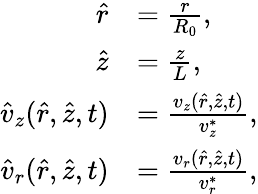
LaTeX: \begin{array}{rl}{\hat{r}}&{=\frac{r}{R_{0}},}\\ {\hat{z}}&{=\frac{z}{L},}\\ {\hat{v}_{z}(\hat{r},\hat{z},t)}&{=\frac{v_{z}(\hat{r},\hat{z},t)}{v_{z}^{*}},}\\ {\hat{v}_{r}(\hat{r},\hat{z},t)}&{=\frac{v_{r}(\hat{r},\hat{z},t)}{v_{r}^{*}},}\end{array}